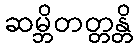
ဆမ္ဘိတတ္တန္တိ